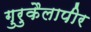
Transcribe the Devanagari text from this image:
गुरुकैलापीर